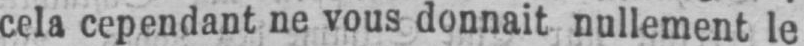
cela cependant ne vous donnait nullement le